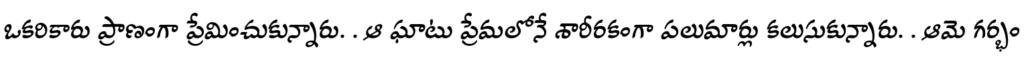
ఒకరికారు ప్రాణంగా ప్రేమించుకున్నారు. . ఆ ఘాటు ప్రేమలోనే శారీరకంగా పలుమార్లు కలుసుకున్నారు. . ఆమె గర్భం